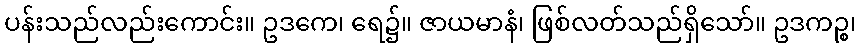
ပန်းသည်လည်းကောင်း။ ဥဒကေ၊ ရေ၌။ ဇာယမာနံ၊ ဖြစ်လတ်သည်ရှိသော်။ ဥဒကဉ္စ၊